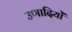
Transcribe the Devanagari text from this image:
उणादियों